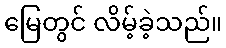
မြေတွင် လိမ့်ခဲ့သည်။